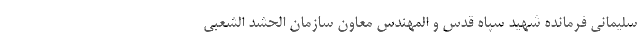
سلیمانی فرمانده شهید سپاه قدس و المهندس معاون سازمان الحشد الشعبی